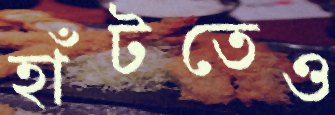
হাঁটতেও